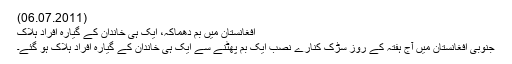
(06.07.2011)
افغانستان میں بم دھماکہ، ایک ہی خاندان کے گیارہ افراد ہلاک
جنوبی افغانستان میں آج ہفتہ کے روز سڑک کنارے نصب ایک بم پھٹنے سے ایک ہی خاندان کے گیارہ افراد ہلاک ہو گئے۔